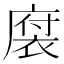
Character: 𪪠